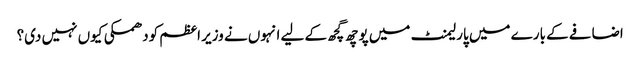
اضافے کے بارے میں پارلیمنٹ میں پوچھ گچھ کے لیے انہوں نے وزیر اعظم کودھمکی کیوں نہیں دی؟